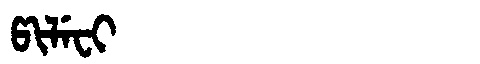
Manchu: ᡦᡳᠯᡝᠸᡳ
Romanization: PILEFI